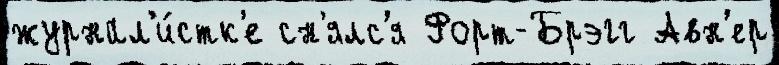
журнал'и́стк'е сн'ялс'я Форт-Брэгг Авн'ер